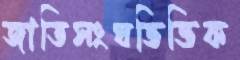
জাতিসংঘভিত্তিক